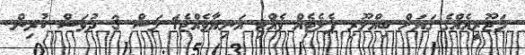
މަޖޫރީއެއްގެ ގަޔަށް ބިއްލޫރި ޕެލެޓެއް ވެއްޓި އަނިޔާވެއްޖެ1 މަސް 3 ދުވަސް ކުރިން.